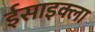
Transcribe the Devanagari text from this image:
ईसाइक्ला